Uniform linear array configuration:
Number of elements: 8
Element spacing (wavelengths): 1
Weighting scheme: exponential
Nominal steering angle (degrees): -30
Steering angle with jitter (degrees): -29.592
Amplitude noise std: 0.05
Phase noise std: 0.05

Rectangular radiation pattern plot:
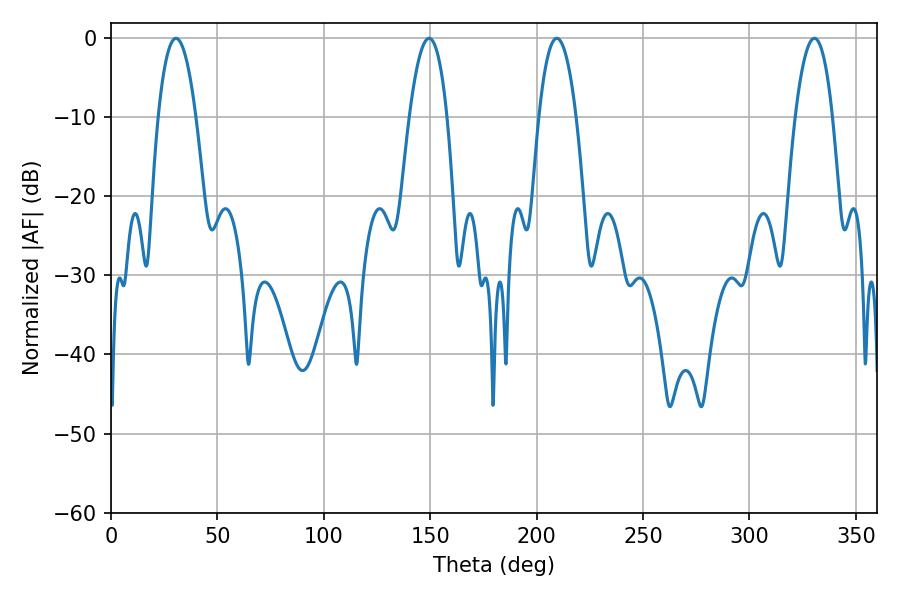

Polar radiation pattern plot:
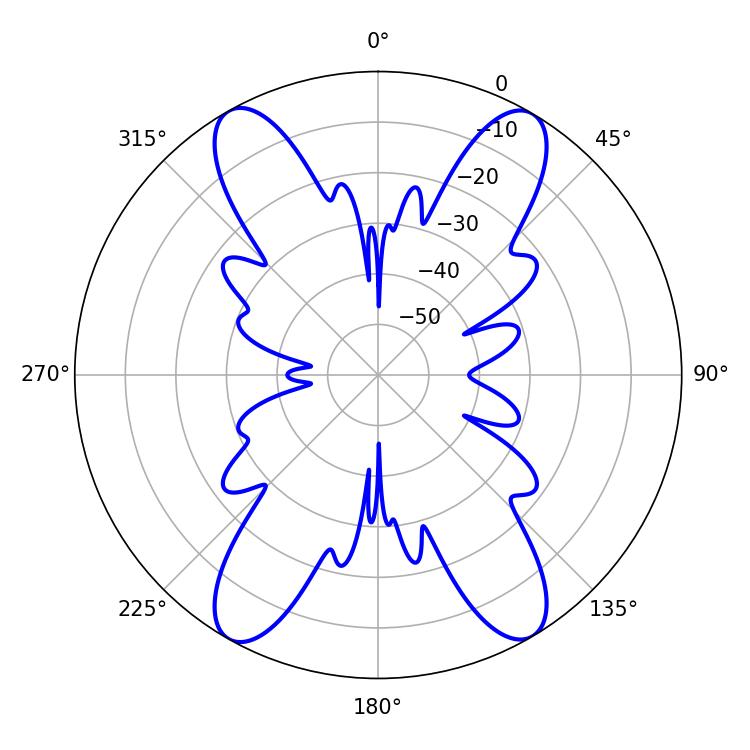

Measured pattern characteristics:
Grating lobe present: TRUE
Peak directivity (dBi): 23.427
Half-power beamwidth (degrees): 9.72
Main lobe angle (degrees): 209.52